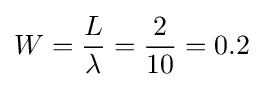
W={\frac {L}{\lambda }}={\frac {2}{10}}=0.2